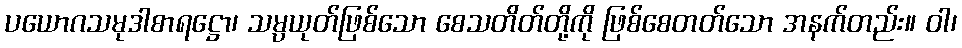
ပယောဂသမုဒါစာရဋ္ဌော၊ သမ္ပယုတ်ဖြစ်သော စေသတိတ်တို့ကို ဖြစ်စေတတ်သော အနက်တည်း။ ဝါ၊